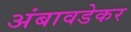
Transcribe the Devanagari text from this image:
अंबावडेकर